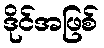
ဒိုင်အဖြစ်